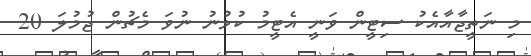
މި ނަތީޖާއާއެކު ސިޓީން ވަނީ އެޓީމު ކުޅުނު ނުވަ މެޗުން ޖުމުލަ 20